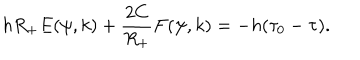
h R _ { + } E ( \psi , k ) + \frac { 2 C } { R _ { + } } F ( \psi , k ) = - h ( \tau _ { 0 } - \tau ) .